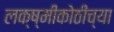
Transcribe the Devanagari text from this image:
लक्ष्मीकोठीच्या